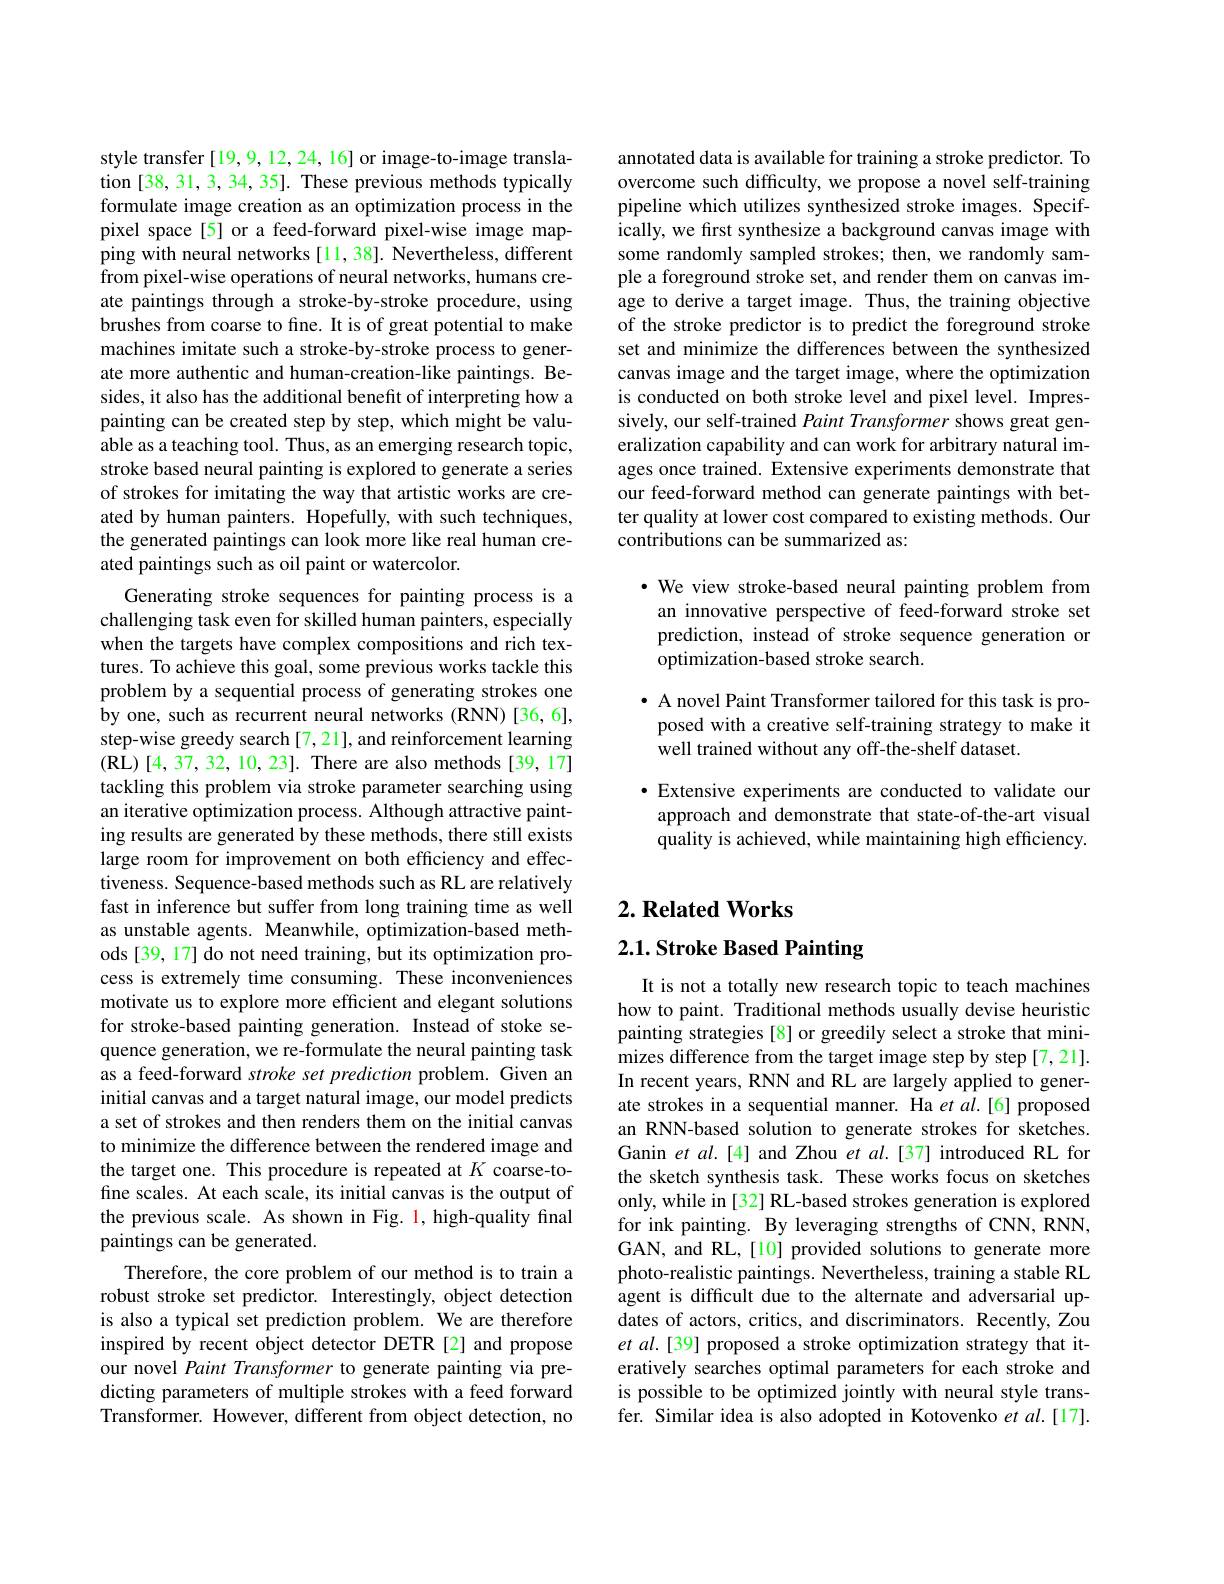
style transfer [19, 9, 12, 24, 16] or image-to-image translation [38, 31, 3, 34, 35]. These previous methods typically formulate image creation as an optimization process in the pixel space[5] or a feed-forward pixel-wise image mapping with neural networks [11,38]. Nevertheless, different from pixel-wise operations of neural networks, humans create paintings through a stroke-by-stroke procedure, using brushes from coarse to fine. It is of great potential to make machines imitate such a stroke-by-stroke process to generate more authentic and human-creation-like paintings. Besides, it also has the additional benefit of interpreting how a painting can be created step by step, which might be valuable as a teaching tool. Thus, as an emerging research topic, stroke based neural painting is explored to generate a series of strokes for imitating the way that artistic works are created by human painters. Hopefully, with such techniques, the generated paintings can look more like real human created paintings such as oil paint or watercolor

Generating stroke sequences for painting process is a challenging task even for skilled human painters, especially when the targets have complex compositions and rich textures. To achieve this goal, some previous works tackle this problem by a sequential process of generating strokes one by one, such as recurrent neural networks (RNN)[36,6], step-wise greedy search [7,21], and reinforcement learning (RL)[4,37,32,10,23]. There are also methods [39,17] tackling this problem via stroke parameter searching using an iterative optimization process. Although attractive painting results are generated by these methods, there still exists large room for improvement on both efficiency and effectiveness. Sequence-based methods such as RL are relatively fast in inference but suffer from long training time as well as unstable agents. Meanwhile, optimization-based methods [39, 17] do not need training, but its optimization process is extremely time consuming. These inconveniences motivate us to explore more efficient and elegant solutions for stroke-based painting generation. Instead of stoke sequence generation, we re-formulate the neural painting task as a feed-forward stroke set prediction problem. Given an initial canvas and a target natural image, our model predicts a set of strokes and then renders them on the initial canvas to minimize the difference between the rendered image and the target one. This procedure is repeated at $K$ coarse-tofine scales. At each scale, its initial canvas is the output of the previous scale. As shown in Fig. 1, high-quality final paintings can be generated.
Therefore, the core problem of our method is to train a robust stroke set predictor. Interestingly, object detection is also a typical set prediction problem. We are therefore inspired by recent object detector DETR [2] and propose our novel Paint Transformer to generate painting via predicting parameters of multiple strokes with a feed forward Transformer. However, different from object detection, no

annotated data is available for training a stroke predictor. To overcome such difficulty, we propose a novel self-training pipeline which utilizes synthesized stroke images. Specifically, we first synthesize a background canvas image with some randomly sampled strokes; then, we randomly sample a foreground stroke set, and render them on canvas image to derive a target image. Thus, the training objective of the stroke predictor is to predict the foreground stroke set and minimize the differences between the synthesized canvas image and the target image, where the optimization is conducted on both stroke level and pixel level. Impressively, our self-trained Paint Transformer shows great generalization capability and can work for arbitrary natural images once trained. Extensive experiments demonstrate that our feed-forward method can generate paintings with better quality at lower cost compared to existing methods. Our contributions can be summarized as:

$\cdot$ We view stroke-based neural painting problem from an innovative perspective of feed-forward stroke set prediction, instead of stroke sequence generation or optimization-based stroke search.

· A novel Paint Transformer tailored for this task is proposed with a creative self-training strategy to make it well trained without any off-the-shelf dataset.

·Extensive experiments are conducted to validate our approach and demonstrate that state-of-the-art visual quality is achieved, while maintaining high efficiency.

### $2. \textbf{Related Works}$

$2. 1. \textbf{ Stroke Based Painting}$

It is not a totally new research topic to teach machines how to paint. Traditional methods usually devise heuristic painting strategies [8] or greedily select a stroke that minimizes difference from the target image step by step [7,21]. In recent years, RNN and RL are largely applied to generate strokes in a sequential manner. Ha et al.[6] proposed an RNN-based solution to generate strokes for sketches. Ganin et al.[4] and Zhou et al.[37] introduced RL for the sketch synthesis task. These works focus on sketches only, while in [32] RL-based strokes generation is explored for ink painting. By leveraging strengths of CNN, RNN, GAN, and RL,[10] provided solutions to generate more photo-realistic paintings. Nevertheless, training a stable RL agent is difficult due to the alternate and adversarial updates of actors, critics, and discriminators. Recently, Zou et al.[39] proposed a stroke optimization strategy that iteratively searches optimal parameters for each stroke and is possible to be optimized jointly with neural style transfer. Similar idea is also adopted in Kotovenko et al.[17].